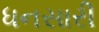
ધનસારી